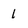
Character: 1